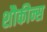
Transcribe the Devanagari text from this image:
शौकीन्स